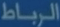
الرباط